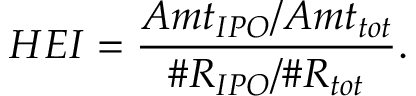
H E I = \frac { A m t _ { I P O } / A m t _ { t o t } } { \# R _ { I P O } / \# R _ { t o t } } .